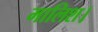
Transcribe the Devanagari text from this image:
मालिश।